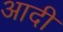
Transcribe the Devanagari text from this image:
अादी